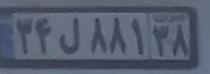
۳۴ل۸۸۱۳۸